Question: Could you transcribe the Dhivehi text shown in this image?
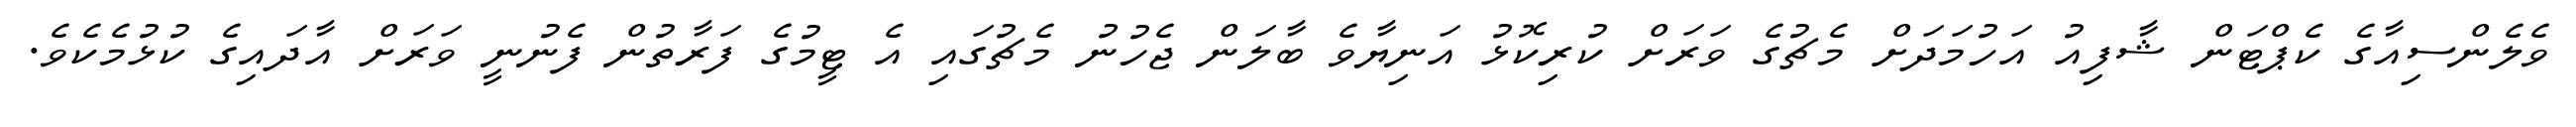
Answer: ވެލެންސިއާގެ ކެޕްޓަން ޝާފިއު އަހުމަދަށް މެޗުގެ ވަރަށް ކުރިކޮޅު އަނިޔާވެ ބާލަން ޖެހުނު މެޗުގައި އެ ޓީމުގެ ފަރާތުން ފެނުނީ ވަރަށް އާދައިގެ ކުޅުމެކެވެ.